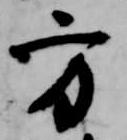
方